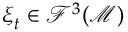
\boldsymbol { \xi } _ { t } \in \mathcal { F } ^ { 3 } ( \mathcal { M } )